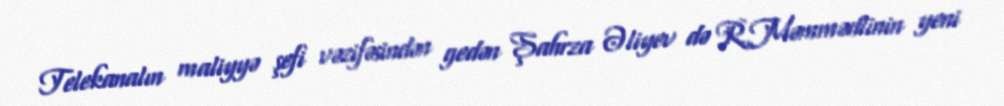
Telekanalın maliyyə şefi vəzifəsindən gedən Şahrza Əliyev də R.Məmmədlinin yeni